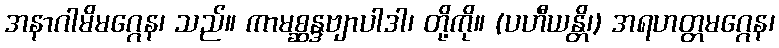
အနာဂါမိမဂ္ဂေန၊ သည်။ ကာမစ္ဆန္ဒဗျာပါဒါ၊ တို့ကို။ (ပဟီယန္တိ၊) အရဟတ္တမဂ္ဂေန၊